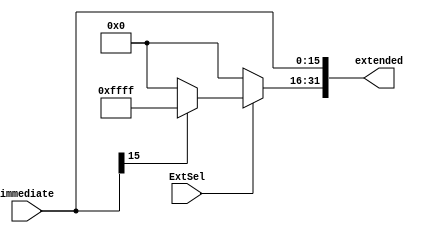
`timescale 1ns / 1ps
//////////////////////////////////////////////////////////////////////////////////
// Company: 
// Engineer: 
// 
// Design Name: 
// Module Name: ImmExt
// Project Name: 
// Target Devices: 
// Tool Versions: 
// Description: 
// 
// Dependencies: 
// 
// Revision:
// Revision 0.01 - File Created
// Additional Comments:
// 
//////////////////////////////////////////////////////////////////////////////////


module ImmExt(
    input ExtSel,
    input wire [15:0] immediate,
    output [31:0] extended
    );
    
    assign extended[15:0] = immediate;
    assign extended[31:16] = ExtSel ? (immediate[15] == 1 ? 16'b1111111111111111 : 16'b0000000000000000) : 16'b0000000000000000;
     
endmodule